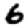
Digit: 6